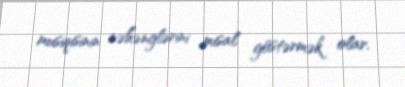
musiqisinin nəhənglərini misal göstərmək olar.